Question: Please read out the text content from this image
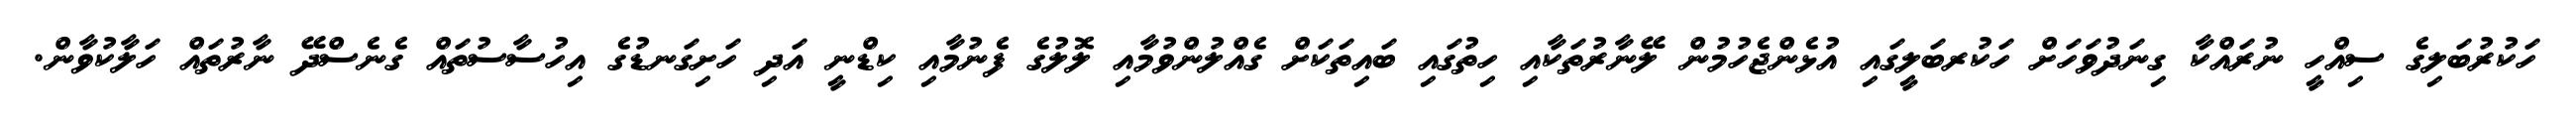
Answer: ހަކުރުބަލިގެ ސިއްހީ ނުރައްކާ ގިނަދުވަހަށް ހަކުރބަލީގައި އުޅެންޖެހުމުން ލޭނާރުތަކާއި ހިތުގައި ބައިތަކަށް ގެއްލުންވުމާއި ލޮލުގެ ފެނުމާއި ކިޑްނީ އަދި ހަށިގަނޑުގެ އިހުސާސުތައް ގެނެސްދޭ ނާރުތައް ހަލާކުވާން.